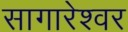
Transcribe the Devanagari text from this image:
सागारेश्वर